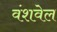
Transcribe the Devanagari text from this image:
वंशवेल